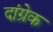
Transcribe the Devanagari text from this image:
दांग्रेक